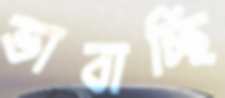
ভাবাচ্ছি